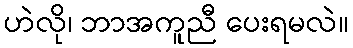
ဟဲလို၊ ဘာအကူညီ ပေးရမလဲ။